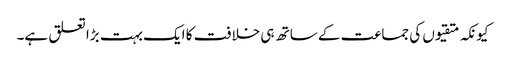
کیونکہ متقیوں کی جماعت کے ساتھ ہی خلافت کا ایک بہت بڑا تعلق ہے۔